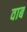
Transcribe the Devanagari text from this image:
वाब